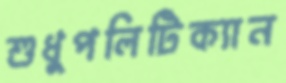
শুধুপলিটিক্যান